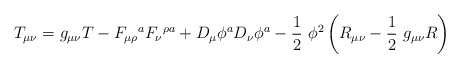
\begin{align*}T_{\mu \nu}=g_{\mu \nu}T-F_{\mu \rho}\mbox{}^{a}F_{\nu}\mbox{}^{\rho a}+D_{\mu}\phi^aD_{\nu}\phi^a-\frac{1}{2}\ \phi^2\left(R_{\mu \nu}-\frac{1}{2}\ g_{\mu \nu}R\right)\end{align*}